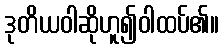
ဒုတိယဝါဆိုဟူ၍ဝါထပ်၏။